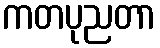
ကတပုညတာ